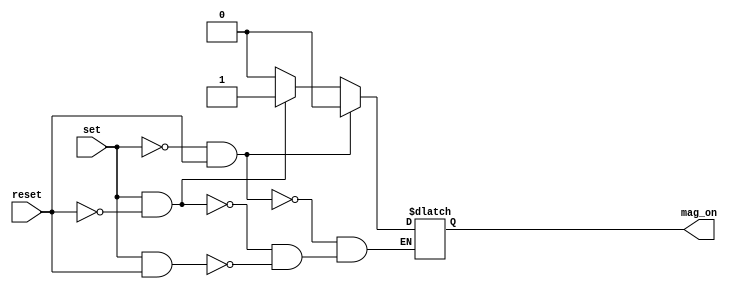
module latch_sr (input wire set, reset, output reg mag_on);

    always @(set or reset) begin
        if(set == 0 && reset == 1)
            mag_on <= 0;
        else if(set == 1 && reset == 0)
            mag_on <= 1;
        else if(set == 1 && reset == 1)
            mag_on <= 0;
    end
    
endmodule